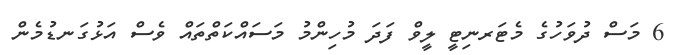
6 މަސް ދުވަހުގެ މެޓަރނިޓީ ލީވް ފަދަ މުހިންމު މަސައްކަތްތައް ވެސް އަޅުގަނޑުމެން